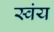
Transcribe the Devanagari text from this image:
स्‍वंय